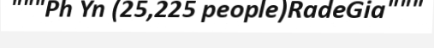
"""Ph Yn (25,225 people)RadeGia"""